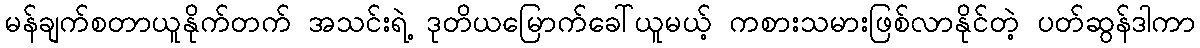
မန်ချက်စတာယူနိုက်တက် အသင်းရဲ့ ဒုတိယမြောက်ခေါ်ယူမယ့် ကစားသမားဖြစ်လာနိုင်တဲ့ ပတ်ဆွန်ဒါကာ